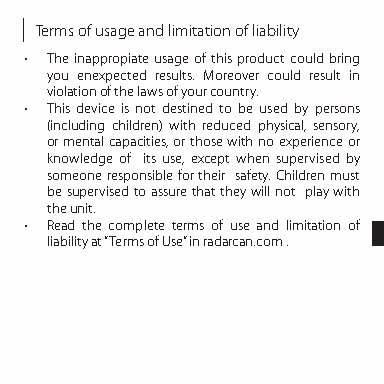
Terms of usage and limitation of liability
 • The inappropiate usage of this product could bring
 you enexpected results. Moreover could result in
 violation of the laws of your country.
 • This device is not destined to be used by persons
 (including children) with reduced physical, sensory,
 or mental capacities, or those with no experience or
 knowledge of its use, except when supervised by
 someone responsible for their safety. Children must
 be supervised to assure that they will not play with
 the unit.
 • Read the complete terms of use and limitation of
 liability at “Terms of Use” in radarcan.com .